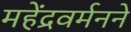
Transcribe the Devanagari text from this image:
महेंद्रवर्मनने